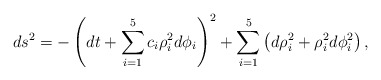
\begin{align*}ds^2 = - \left( dt + \sum_{i=1}^5 c_i \rho_i^2 d\phi_i \right)^2+ \sum_{i=1}^5 \left( d\rho_i^2 + \rho_i^2 d\phi_i^2 \right),\end{align*}